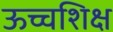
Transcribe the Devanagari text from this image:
ऊच्चशिक्ष